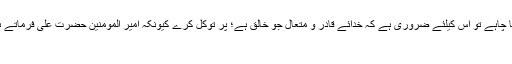
پس ان آیات کے پیش نظر یہ واضح ہوتا ہے کہ انسان جو کام بھی انجام دینا چاہے تو اس کیلئے ضروری ہے کہ خدائے قادر و متعال جو خالق ہے؛ پر توکل کرے کیونکہ امیر المومنینؑ حضرت علیؑ فرماتے ہیں: من توکل علیه کفاه و من ساله اعطاه و من اقرضه قضاه و من شکر جزاه‌
[۷] امام علی علیه‌السلام، نهج البلاغه، خطبه۹۰۔